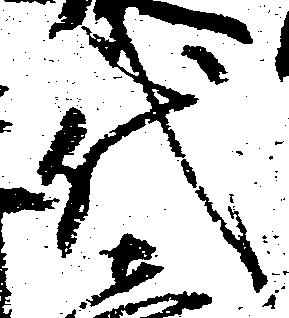
代